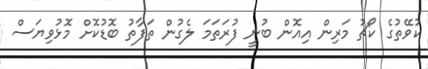
ކުވޭތުގެ ކޯޗު މަރިން އިއޮން ބުނީ ފުރަތަމަ ލެގުން ތަފާތު ބޮޑުކޮށް މޮޅުވިޔަސް